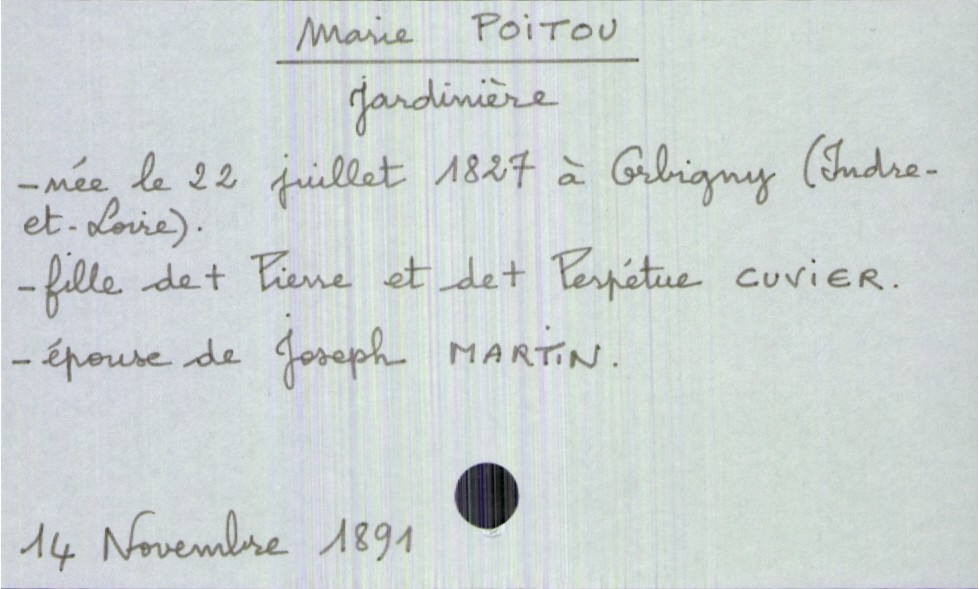
type_acte: Décès
année: 1891
mois: novembre
jour: 14
défunt_nom: Poitou
défunt_prénom: Marie
défunt_sexe: F
défunt_profession: jardinière
défunt_date_de_naissance: 22 juillet 1827
défunt_lieu_de_naissance: Orbigny (Indre-et-Loire)
défunt_statut: marié(e)
père_défunt_nom: Poitou
père_défunt_prénom: Pierre
père_défunt_statut: décédé
mère_défunt_nom: Cuvier
mère_défunt_prénom: Perpétue
mère_défunt_statut: décédée